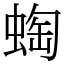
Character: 蜪